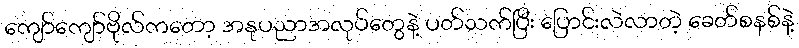
ကျော်ကျော်ဗိုလ်ကတော့ အနုပညာအလုပ်တွေနဲ့ ပတ်သက်ပြီး ပြောင်းလဲလာတဲ့ ခေတ်စနစ်နဲ့